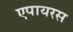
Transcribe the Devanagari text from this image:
एपायरस